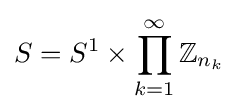
S=S^{1}\times \prod _{k=1}^{\infty }\mathbb {Z} _{n_{k}}